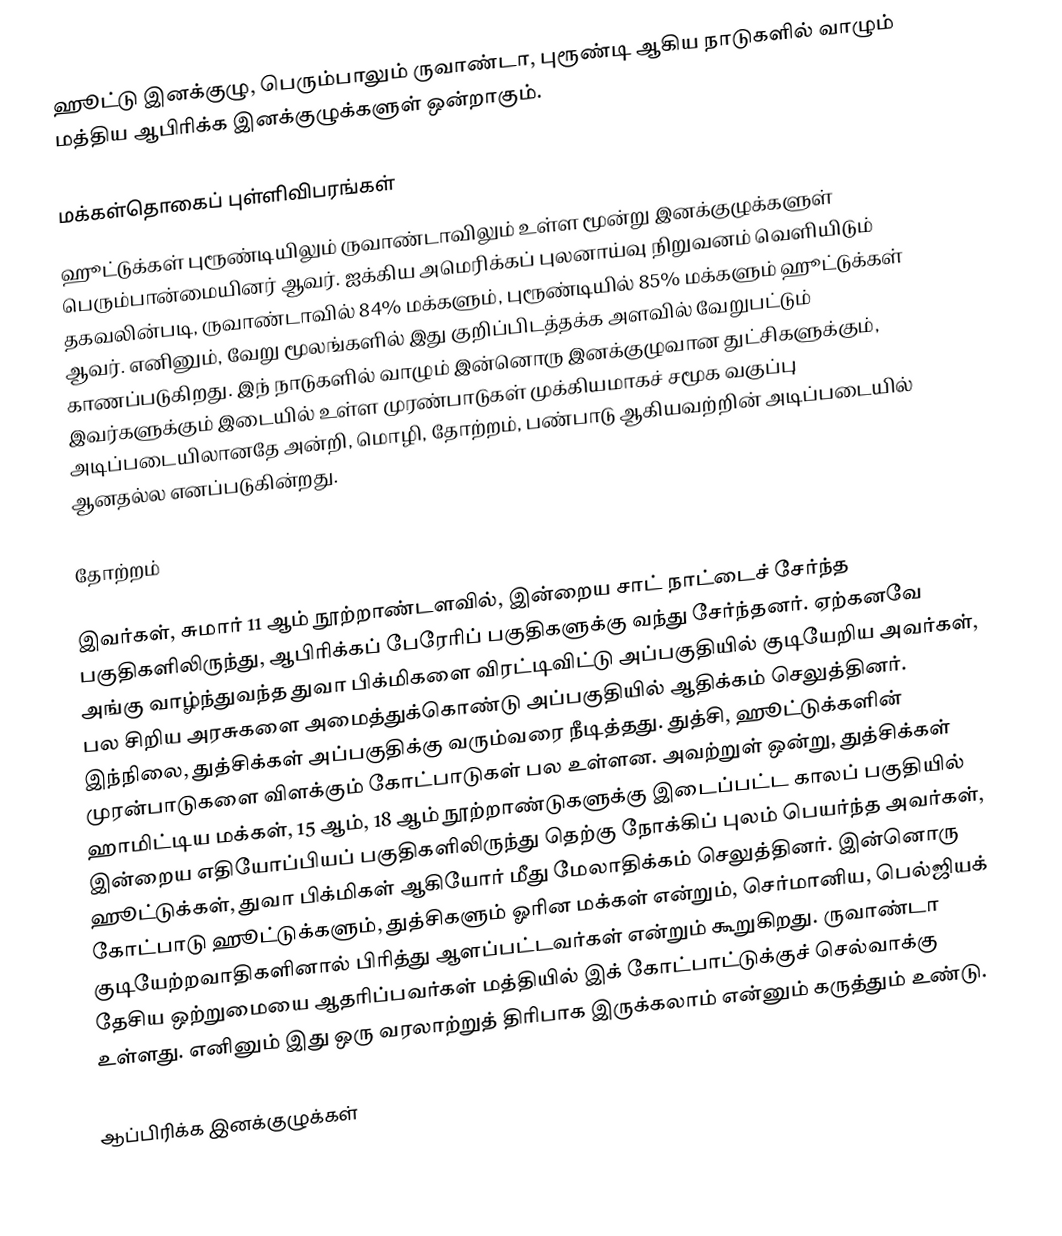
ஹூட்டு இனக்குழு, பெரும்பாலும் ருவாண்டா, புரூண்டி ஆகிய நாடுகளில் வாழும் மத்திய ஆபிரிக்க இனக்குழுக்களுள் ஒன்றாகும்.

மக்கள்தொகைப் புள்ளிவிபரங்கள்
ஹூட்டுக்கள் புரூண்டியிலும் ருவாண்டாவிலும் உள்ள மூன்று இனக்குழுக்களுள் பெரும்பான்மையினர் ஆவர். ஐக்கிய அமெரிக்கப் புலனாய்வு நிறுவனம் வெளியிடும் தகவலின்படி, ருவாண்டாவில் 84% மக்களும், புரூண்டியில் 85% மக்களும் ஹூட்டுக்கள் ஆவர். எனினும், வேறு மூலங்களில் இது குறிப்பிடத்தக்க அளவில் வேறுபட்டும் காணப்படுகிறது. இந் நாடுகளில் வாழும் இன்னொரு இனக்குழுவான துட்சிகளுக்கும், இவர்களுக்கும் இடையில் உள்ள முரண்பாடுகள் முக்கியமாகச் சமூக வகுப்பு அடிப்படையிலானதே அன்றி, மொழி, தோற்றம், பண்பாடு ஆகியவற்றின் அடிப்படையில் ஆனதல்ல எனப்படுகின்றது.

தோற்றம்

இவர்கள், சுமார் 11 ஆம் நூற்றாண்டளவில், இன்றைய சாட் நாட்டைச் சேர்ந்த பகுதிகளிலிருந்து, ஆபிரிக்கப் பேரேரிப் பகுதிகளுக்கு வந்து சேர்ந்தனர். ஏற்கனவே அங்கு வாழ்ந்துவந்த துவா பிக்மிகளை விரட்டிவிட்டு அப்பகுதியில் குடியேறிய அவர்கள், பல சிறிய அரசுகளை அமைத்துக்கொண்டு அப்பகுதியில் ஆதிக்கம் செலுத்தினர். இந்நிலை, துத்சிக்கள் அப்பகுதிக்கு வரும்வரை நீடித்தது. துத்சி, ஹூட்டுக்களின் முரன்பாடுகளை விளக்கும் கோட்பாடுகள் பல உள்ளன. அவற்றுள் ஒன்று, துத்சிக்கள் ஹாமிட்டிய மக்கள், 15 ஆம், 18 ஆம் நூற்றாண்டுகளுக்கு இடைப்பட்ட காலப் பகுதியில் இன்றைய எதியோப்பியப் பகுதிகளிலிருந்து தெற்கு நோக்கிப் புலம் பெயர்ந்த அவர்கள், ஹூட்டுக்கள், துவா பிக்மிகள் ஆகியோர் மீது மேலாதிக்கம் செலுத்தினர். இன்னொரு கோட்பாடு ஹூட்டுக்களும், துத்சிகளும் ஓரின மக்கள் என்றும், செர்மானிய, பெல்ஜியக் குடியேற்றவாதிகளினால் பிரித்து ஆளப்பட்டவர்கள் என்றும் கூறுகிறது. ருவாண்டா தேசிய ஒற்றுமையை ஆதரிப்பவர்கள் மத்தியில் இக் கோட்பாட்டுக்குச் செல்வாக்கு உள்ளது. எனினும் இது ஒரு வரலாற்றுத் திரிபாக இருக்கலாம் என்னும் கருத்தும் உண்டு.

ஆப்பிரிக்க இனக்குழுக்கள்